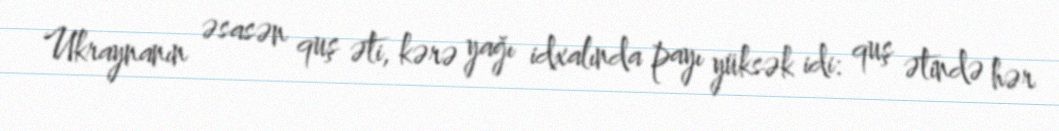
Ukraynanın əsasən quş əti, kərə yağı idxalında payı yüksək idi: quş ətində hər